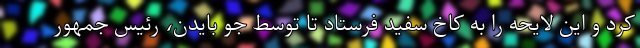
کرد و این لایحه را به کاخ سفید فرستاد تا توسط جو بایدن، رئیس جمهور